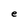
Character: e